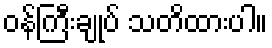
ဝန်ကြီးချုပ် သတိထားပါ။